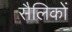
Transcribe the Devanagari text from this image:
सैलिकों